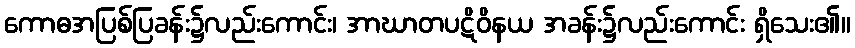
ကောဓအပြစ်ပြခန်း၌လည်းကောင်း၊ အာဃာတပဋိဝိနယ အခန်း၌လည်းကောင်း ရှိသေး၏။